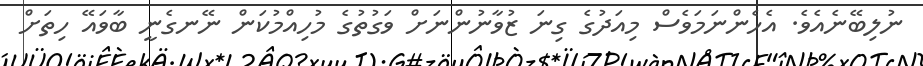
ނުލިބޭނެއެވެ. އެހެންނަމަވެސް މިއަދުގެ ގިނަ ޒުވާނުންނަށް ވަގުތުގެ މުހިއްމުކަން ނޭނގެނީ ބާވައޭ ހިތަށް